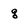
Character: g